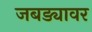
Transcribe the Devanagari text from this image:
जबड्यावर